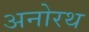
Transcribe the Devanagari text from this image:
अनोरथ